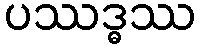
ပဿဒ္ဓဿ